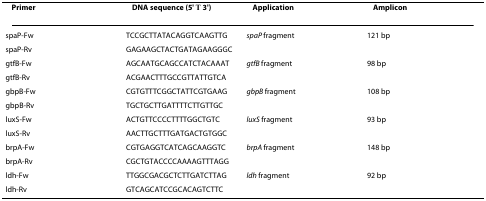
| Primer | DNA sequence (5' → 3') | Application | Amplicon |
 | --- | --- | --- | --- |
 | spaP-Fw | TCCGCTTATACAGGTCAAGTTG | spaP fragment | 121 bp |
 | spaP-Rv | GAGAAGCTACTGATAGAAGGGC |  |  |
 | gtfB-Fw | AGCAATGCAGCCATCTACAAAT | gtfB fragment | 98 bp |
 | gtfB-Rv | ACGAACTTTGCCGTTATTGTCA |  |  |
 | gbpB-Fw | CGTGTTTCGGCTATTCGTGAAG | gbpB fragment | 108 bp |
 | gbpB-Rv | TGCTGCTTGATTTTCTTGTTGC |  |  |
 | luxS-Fw | ACTGTTCCCCTTTTGGCTGTC | luxS fragment | 93 bp |
 | luxS-Rv | AACTTGCTTTGATGACTGTGGC |  |  |
 | brpA-Fw | CGTGAGGTCATCAGCAAGGTC | brpA fragment | 148 bp |
 | brpA-Rv | CGCTGTACCCCAAAAGTTTAGG |  |  |
 | ldh-Fw | TTGGCGACGCTCTTGATCTTAG | ldh fragment | 92 bp |
 | ldh-Rv | GTCAGCATCCGCACAGTCTTC |  |  |